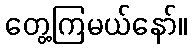
တွေ့ကြမယ်နော်။